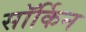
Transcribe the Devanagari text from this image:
सॉर्किन